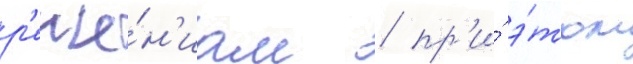
р'еше́н'иам / пр'и́ э́том